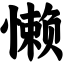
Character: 懒